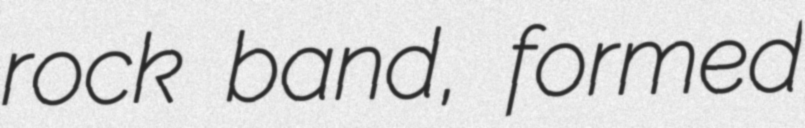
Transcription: rock band, formed